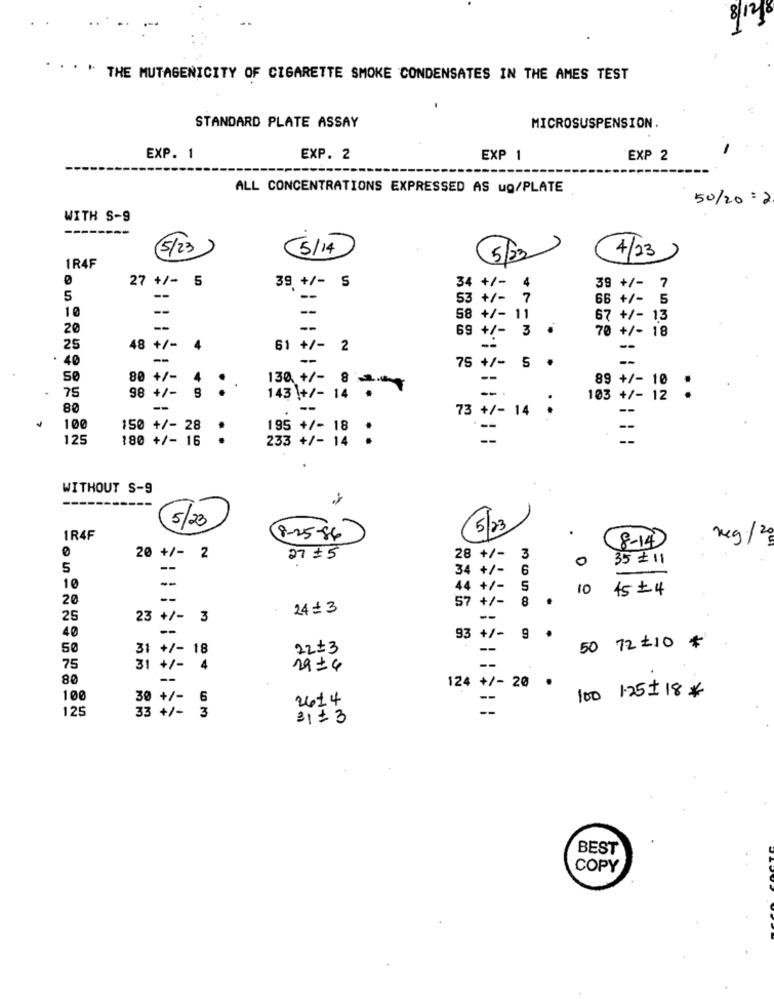
8/12/
THE MUTAGENICITY OF CIGARETTE SMOKE CONDENSATES IN THE AMES TEST
STANDARD PLATE ASSAY
MICROSUSPENSION.
EXP. 1
EXP. 2
EXP 1
EXP 2
ALL CONCENTRATIONS EXPRESSED AS ug/PLATE
50/20 = 2
WITH S-9
5/23
(5/14
IR4F
5/23
4/23
Ø
27 +/- 5
39 +/- S
34 +/-
39 +/- 7
5
--
--
53 +/- 7
66 +/- 5
--
-
58 +/- 11
67 +/- 13
20
--
69 +/- 3
70 + / - 18
25
48 +/-
4
61 +/- 2
40
--
--
75 +/- 5 .
80 +/-
4
--
98 +/- 9
143+/- 14 .
130 +/- 8 2g
-
103 +/- 12 :
89 +/- 10
75
80
--
--
73 +/- 14 .
--
100
150 +/- 28
195 +/- 18
--
125
180 +/- 16
..
233 +/- 14 :
.
WITHOUT S-9
---
5/23
5/23
.
1R4F
8-25-86)
8-14
meg/2
20 +/- 2
27 # 5
28 +/-
3
35 # 11
5
--
34 +/-
6
10
--
44 +/-
5
10
45+ 4
20
--
57 +/-
8
.
24 + 3
25
23 +/-
3
--
40
--
.
93 +/- 9
50
31 +/- 18
22#3
--
50 72 #10 *
75
31 +/- 4
2924
--
80
--
124 +/- 20 .
100
30 +/- 6
2614
100 1:25+ 18*
125
--
33 +/- 3
31+3
BEST
COPY